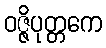
ဝဇ္ဇိပုတ္တကေ